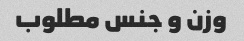
وزن و جنس مطلوب